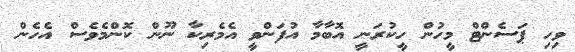
ވިހި ޕަސެންޓް މީހުން ހީކުރަނީ އޮބާމާ އުފަންވީ އެމެރިކާ ނޫން ކޮންމެވެސް އެހެން